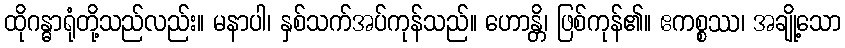
ထိုဂန္ဓာရုံတို့သည်လည်း။ မနာပါ၊ နှစ်သက်အပ်ကုန်သည်။ ဟောန္တိ၊ ဖြစ်ကုန်၏။ ဧကစ္စဿ၊ အချို့သော